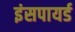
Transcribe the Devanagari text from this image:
इंसपायर्ड